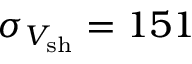
\sigma _ { V _ { \mathrm { s h } } } = 1 5 1